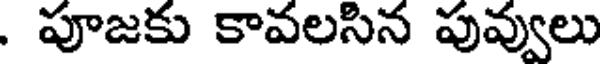
. పూజకు కావలసిన పువ్వులు